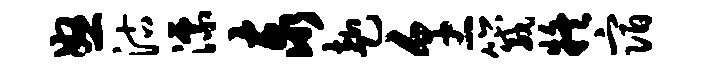
怒沽漂泰赴烹箴疑宿